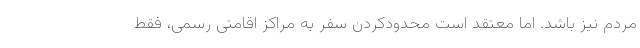
مردم نیز باشد. اما معتقد است محدودکردن سفر به مراکز اقامتی رسمی، فقط